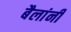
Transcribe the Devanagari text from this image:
बैलांनी